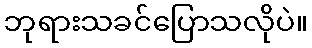
ဘုရားသခင်ပြောသလိုပဲ။